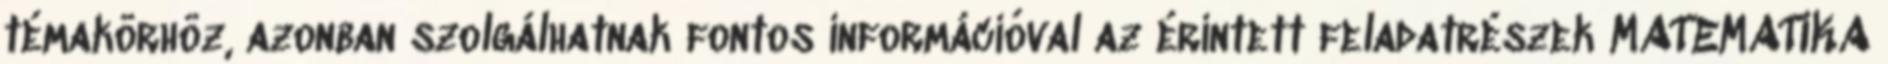
témakörhöz, azonban szolgálhatnak fontos információval az érintett feladatrészek MATEMATIKA